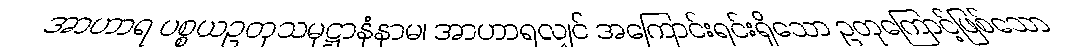
အာဟာရ ပစ္စယဥတုသမုဋ္ဌာနံနာမ၊ အာဟာရလျှင် အကြောင်းရင်းရှိသော ဥတုကြောင့်ဖြစ်သော